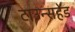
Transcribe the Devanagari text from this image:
टाउन्सहेंड